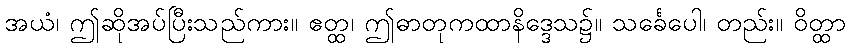
အယံ၊ ဤဆိုအပ်ပြီးသည်ကား။ ဧတ္ထ၊ ဤဓာတုကထာနိဒ္ဒေသ၌။ သင်္ခေပေါ၊ တည်း။ ဝိတ္ထာ